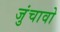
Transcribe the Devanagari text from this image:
जुंचावो